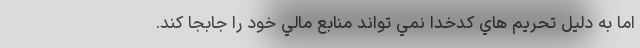
اما به دليل تحريم هاي كدخدا نمي تواند منابع مالي خود را جابجا كند.